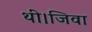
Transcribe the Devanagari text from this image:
थीं।जिवा